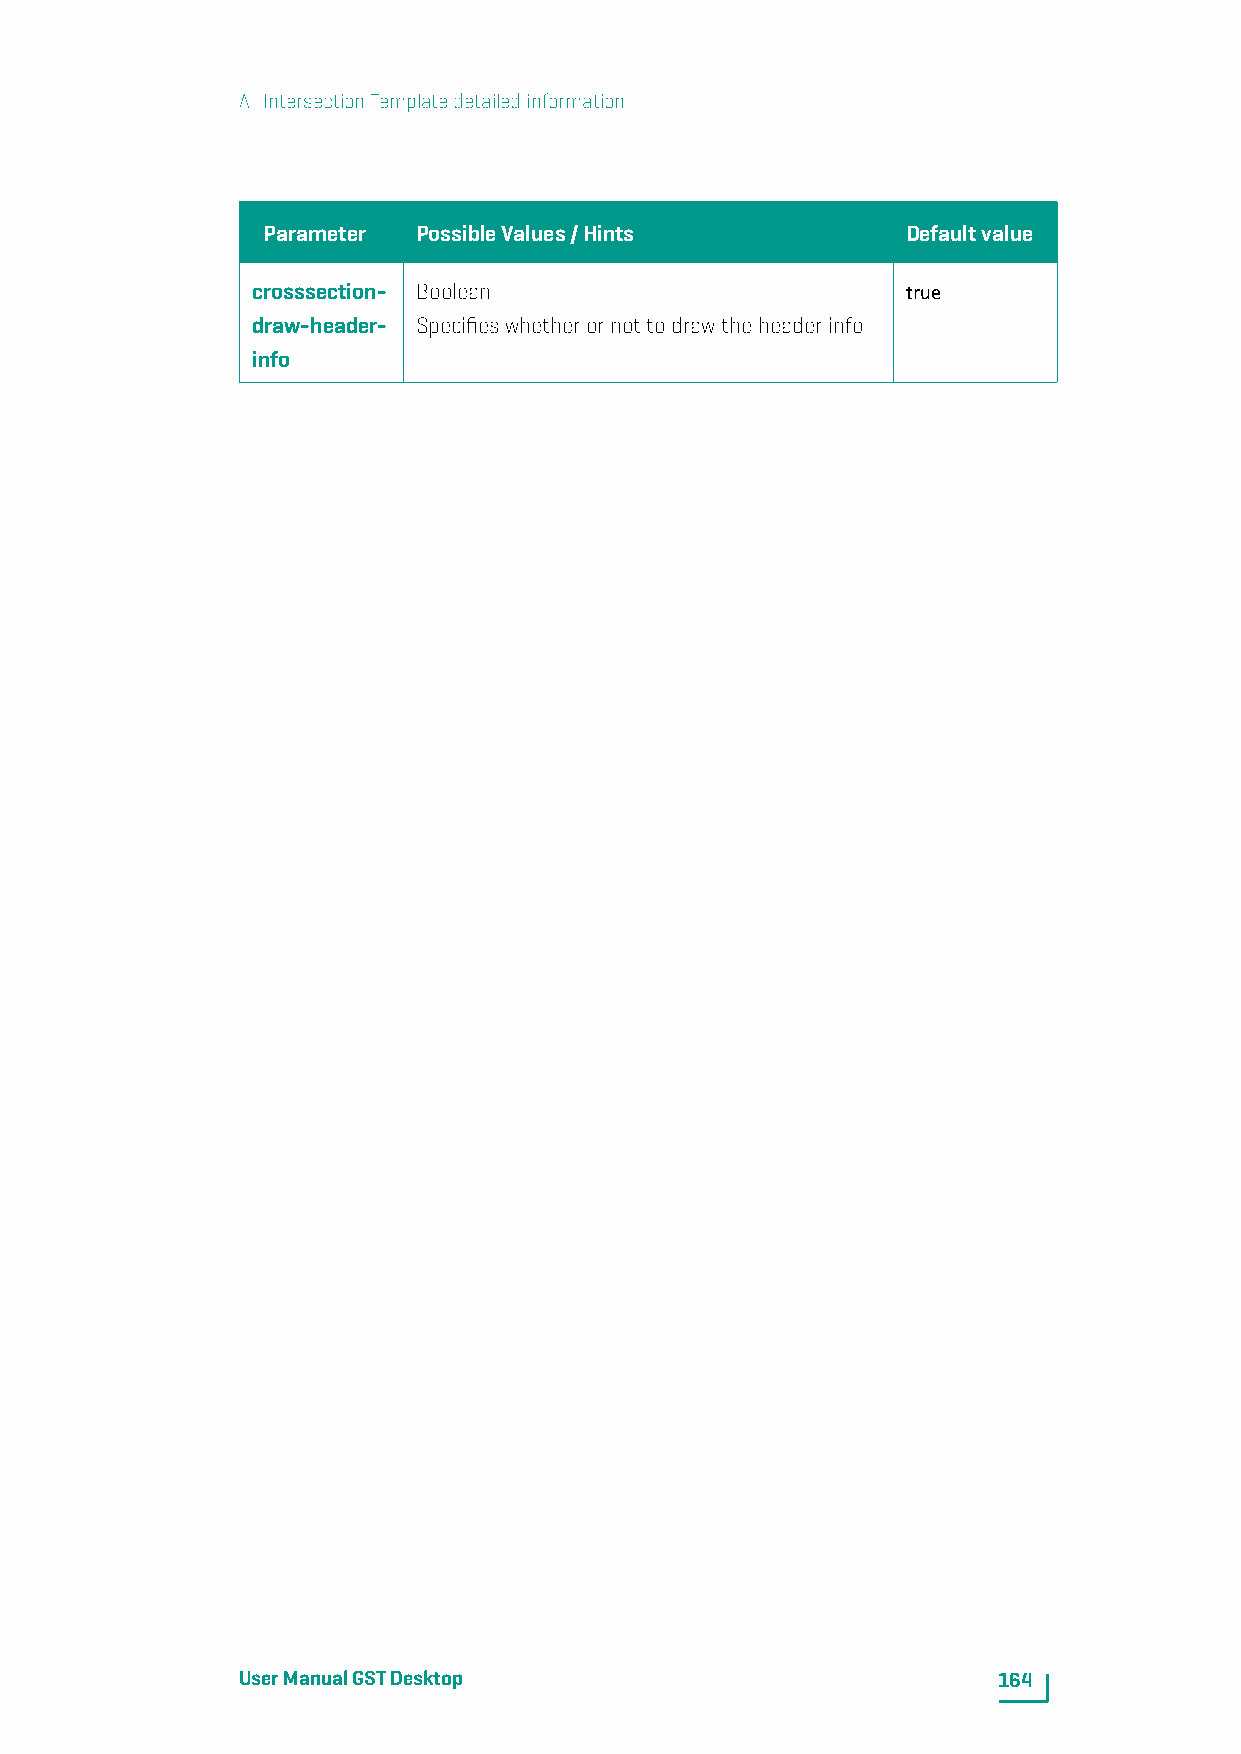
A. IntersectionTemplatedetailedinformation
 Parameter  PossibleValues/Hints            Defaultvalue
 crosssection- Boolean                      true
 draw-header- Specifieswhetherornottodrawtheheaderinfo
 info
 UserManualGSTDesktop                              164